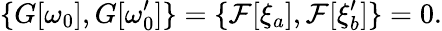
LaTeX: \{ G[\omega_{0}],G[\omega_{0}^{\prime}]\} =\{ {\cal F}[\xi_{a}],{\cal F}[\xi_{b}^{\prime}]\} =0.